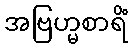
အဗြဟ္မစာရိံ